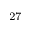
^ { 2 7 }